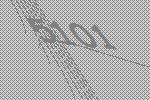
5101